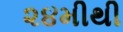
૨૪મીથી